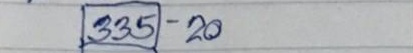
335 - 20